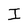
Character: I